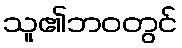
သူ၏ဘဝတွင်